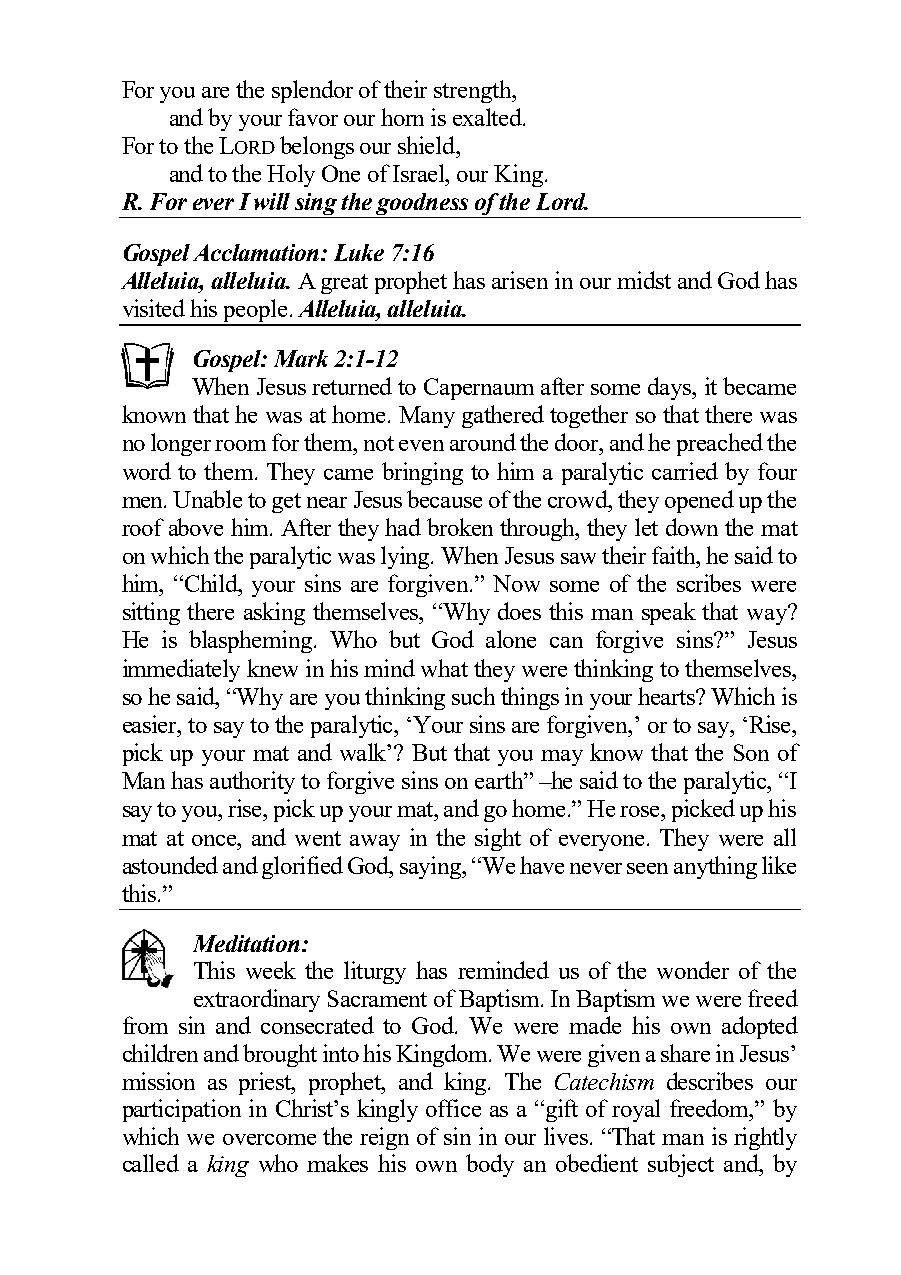
For you are the splendor of their strength,
 and by your favor our horn is exalted.
 For to the LORD belongs our shield,
 and to the Holy One of Israel, our King.
 R. For ever I will sing the goodness of the Lord.
 Gospel Acclamation: Luke 7:16
 Alleluia, alleluia. A great prophet has arisen in our midst and God has
 visited his people. Alleluia, alleluia.
 Gospel: Mark 2:1-12
 When Jesus returned to Capernaum after some days, it became
 known that he was at home. Many gathered together so that there was
 no longer room for them, not even around the door, and he preached the
 word to them. They came bringing to him a paralytic carried by four
 men. Unable to get near Jesus because of the crowd, they opened up the
 roof above him. After they had broken through, they let down the mat
 on which the paralytic was lying. When Jesus saw their faith, he said to
 him, “Child, your sins are forgiven.” Now some of the scribes were
 sitting there asking themselves, “Why does this man speak that way?
 He is blaspheming. Who but God alone can forgive sins?” Jesus
 immediately knew in his mind what they were thinking to themselves,
 so he said, “Why are you thinking such things in your hearts? Which is
 easier, to say to the paralytic, ‘Your sins are forgiven,’ or to say, ‘Rise,
 pick up your mat and walk’? But that you may know that the Son of
 Man has authority to forgive sins on earth” –he said to the paralytic, “I
 say to you, rise, pick up your mat, and go home.” He rose, picked up his
 mat at once, and went away in the sight of everyone. They were all
 astounded and glorified God, saying, “We have never seen anything like
 this.”
 Meditation:
 This week the liturgy has reminded us of the wonder of the
 extraordinary Sacrament of Baptism. In Baptism we were freed
 from sin and consecrated to God. We were made his own adopted
 children and brought into his Kingdom. We were given a share in Jesus’
 mission as priest, prophet, and king. The Catechism describes our
 participation in Christ’s kingly office as a “gift of royal freedom,” by
 which we overcome the reign of sin in our lives. “That man is rightly
 called a king who makes his own body an obedient subject and, by